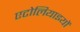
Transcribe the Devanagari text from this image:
एटोलियाइयों